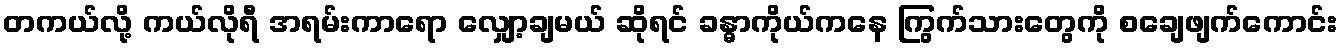
တကယ်လို့ ကယ်လိုရီ အရမ်းကာရော လျှော့ချမယ် ဆိုရင် ခန္ဓာကိုယ်ကနေ ကြွက်သားတွေကို စချေဖျက်ကောင်း